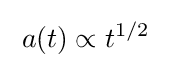
\;a(t)\propto t^{1/2}~